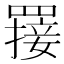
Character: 𦌈